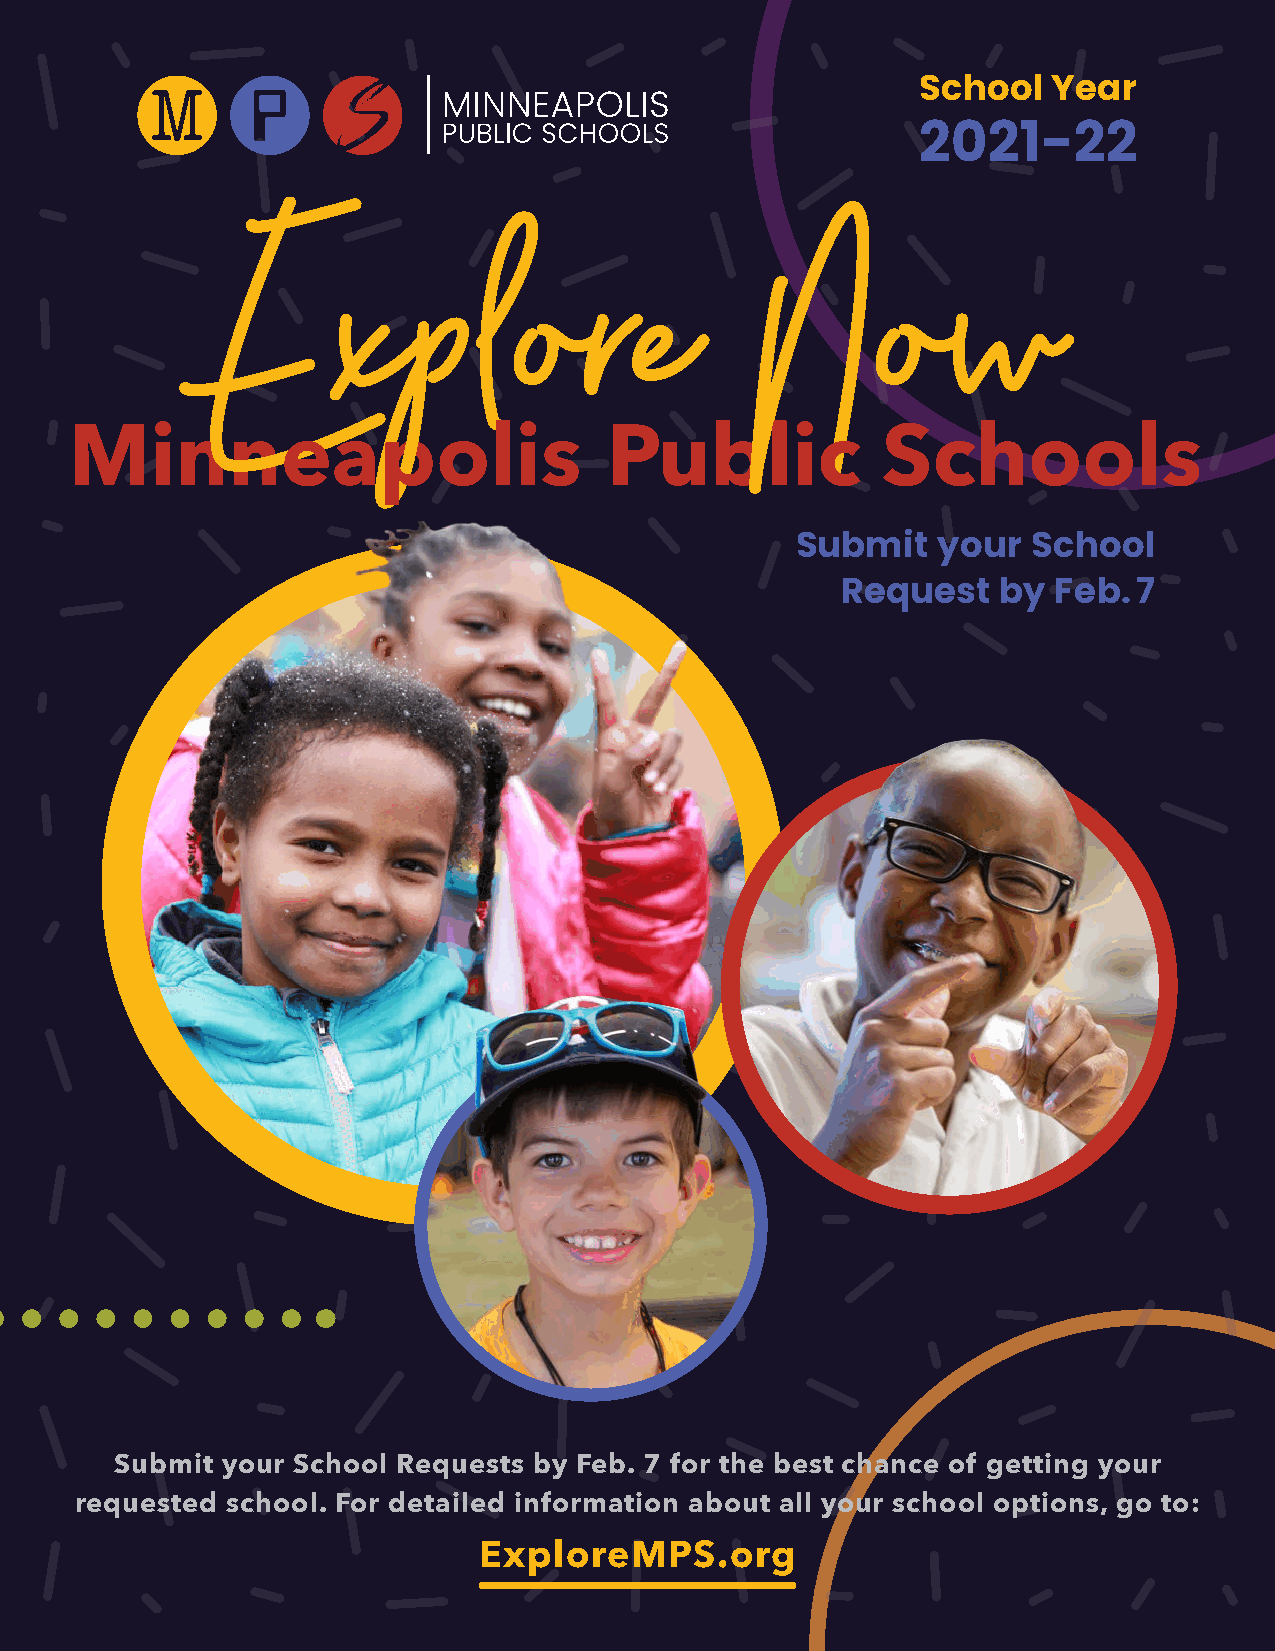
School   Year
 2021-22
 Submit   your  School
 Request   by  Feb. 7
 Submit your School Requests by Feb. 7 for the best chance of getting your
 requested school. For detailed information about all your school options, go to:
 ExploreMPS.org